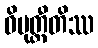
ဝိမုတ္တီတိဿ